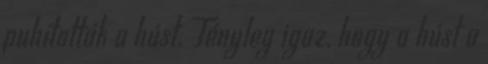
puhították a húst. Tényleg igaz, hogy a húst a